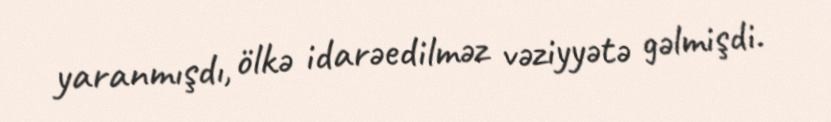
yaranmışdı, ölkə idarəedilməz vəziyyətə gəlmişdi.